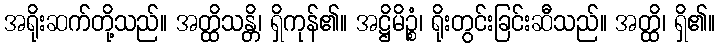
အရိုးဆက်တို့သည်။ အတ္ထိသန္တိ၊ ရှိကုန်၏။ အဋ္ဌိမိဉ္စံ၊ ရိုးတွင်းခြင်းဆီသည်။ အတ္ထိ၊ ရှိ၏။